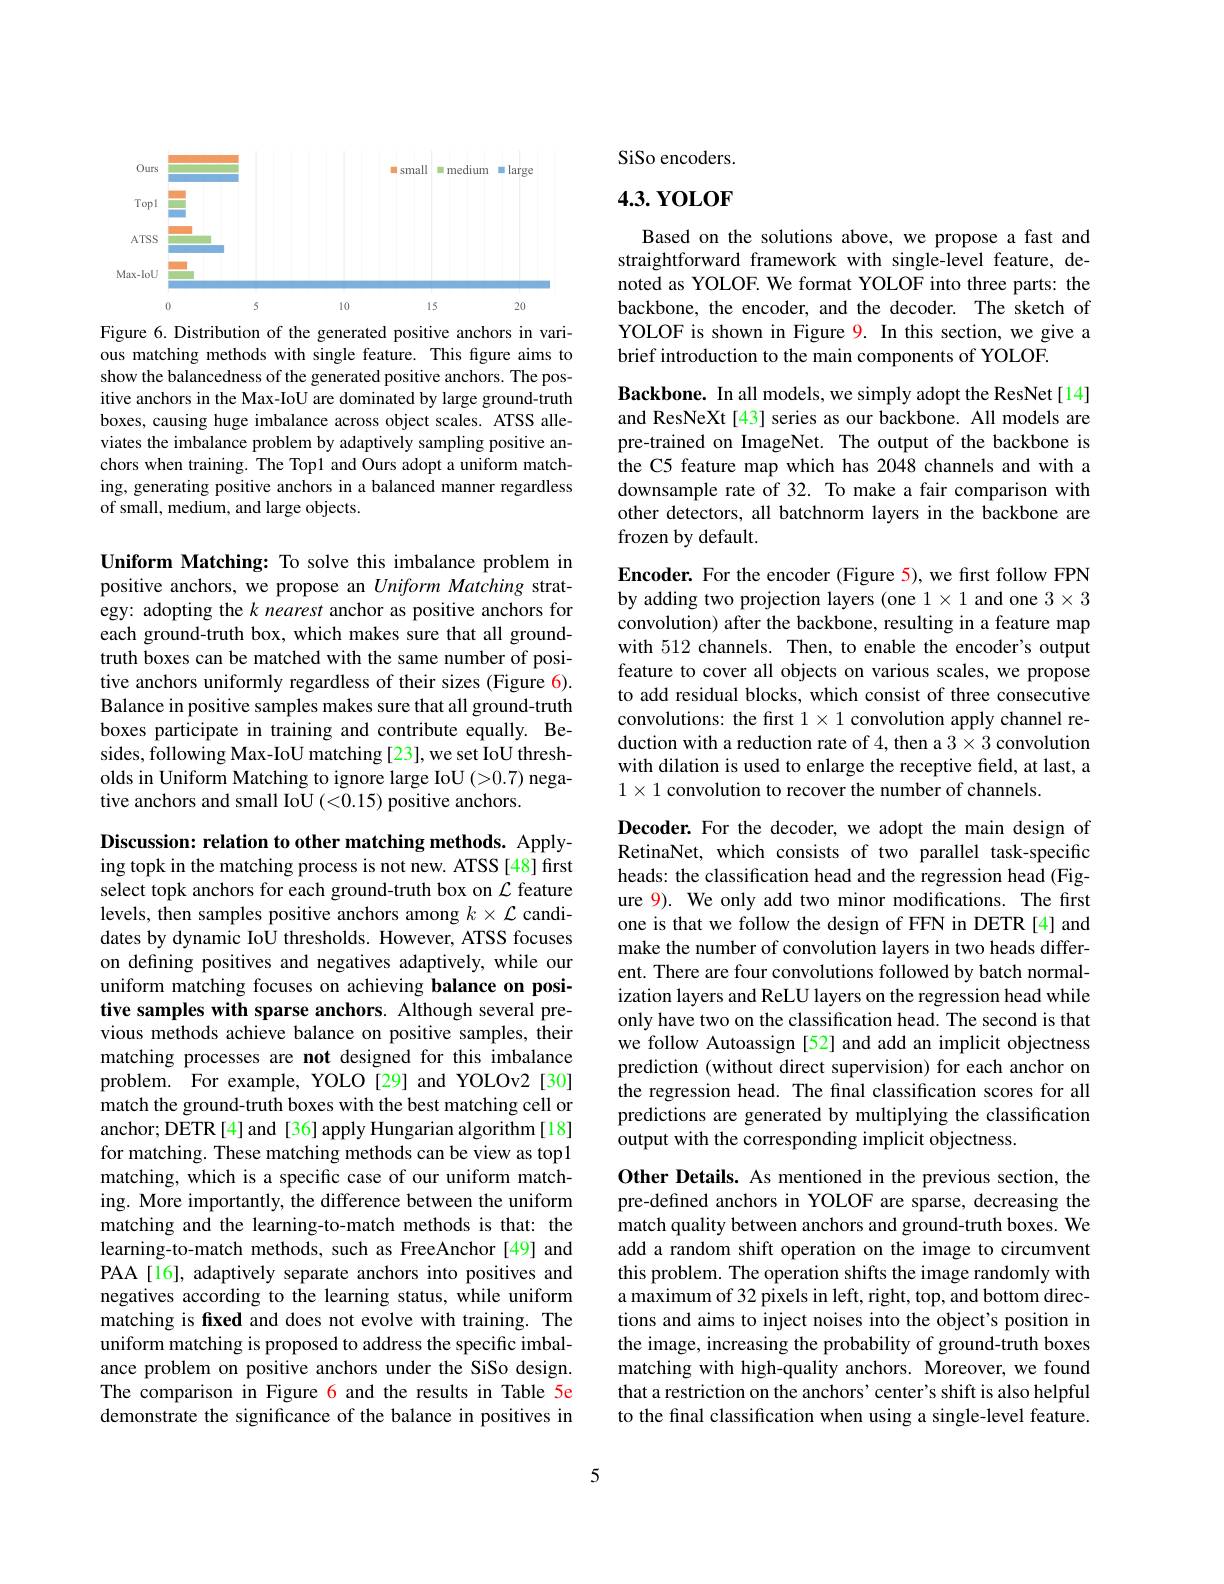
<FigureHere>
Figure 6. Distribution of the generated positive anchors in vari-

ous matching methods with single feature. This figure aims to show the balancedness of the generated positive anchors. The positive anchors in the Max-IoU are dominated by large ground-truth boxes, causing huge imbalance across object scales. ATSS alleviates the imbalance problem by adaptively sampling positive anchors when training. The Topl and Ours adopt a uniform matching, generating positive anchors in a balanced manner regardless of small, medium, and large objects.

Uniform Matching: To solve this imbalance problem in positive anchors, we propose an Uniform Matching strategy: adopting the $k$ nearest anchor as positive anchors for each ground-truth box, which makes sure that all groundtruth boxes can be matched with the same number of positive anchors uniformly regardless of their sizes (Figure 6). Balance in positive samples makes sure that all ground-truth boxes participate in training and contribute equally. Besides, following Max-IoU matching [23], we set IoU thresholds in Uniform Matching to ignore large IoU (>0.7) negative anchors and small IoU (<0.15) positive anchors.

Discussion: relation to other matching methods. Applying topk in the matching process is not new. ATSS [48] first select topk anchors for each ground-truth box on $\mathcal{L}$ feature levels, then samples positive anchors among $k\times\mathcal{L}$ candidates by dynamic IoU thresholds. However, ATSS focuses on defining positives and negatives adaptively, while our uniform matching focuses on achieving balance on positive samples with sparse anchors. Although several previous methods achieve balance on positive samples, their matching processes are not designed for this imbalance problem. For example, YOLO[29] and YOLOv2[30] match the ground-truth boxes with the best matching cell or anchor; DETR[4] and [36] apply Hungarian algorithm[18] for matching. These matching methods can be view as topl matching, which is a specific case of our uniform matching. More importantly, the difference between the uniform matching and the learning-to-match methods is that: the learning-to-match methods, such as FreeAnchor [49] and PAA [16], adaptively separate anchors into positives and negatives according to the learning status, while uniform matching is fixed and does not evolve with training. The uniform matching is proposed to address the specific imbalance problem on positive anchors under the SiSo design. The comparison in Figure 6 and the results in Table 5e demonstrate the significance of the balance in positives in

SiSo encoders.

# 4.3. YOLOF

Based on the solutions above, we propose a fast and straightforward framework with single-level feature, denoted as YOLOF. We format YOLOF into three parts: the backbone, the encoder, and the decoder. The sketch of YOLOF is shown in Figure 9. In this section, we give a brief introduction to the main components of YOLOF.

Backbone. In all models, we simply adopt the ResNet[14] and ResNeXt [43] series as our backbone. All models are pre-trained on ImageNet. The output of the backbone is the C5 feature map which has 2048 channels and with a downsample rate of 32. To make a fair comparison with other detectors, all batchnorm layers in the backbone are frozen by default.

Encoder. For the encoder (Figure 5), we first follow FPN by adding two projection layers (one $1\times1$ and one $3\times3$ convolution) after the backbone, resulting in a feature map with 512 channels. Then, to enable the encoder's output feature to cover all objects on various scales, we propose to add residual blocks, which consist of three consecutive convolutions: the first $1\times1$ convolution apply channel reduction with a reduction rate of 4, then a $3\times3$ convolution with dilation is used to enlarge the receptive field, at last, a $1\times1$ convolution to recover the number of channels.

Decoder. For the decoder, we adopt the main design of RetinaNet, which consists of two parallel task-specific heads: the classification head and the regression head (Figure 9). We only add two minor modifications. The first one is that we follow the design of FFN in DETR [4] and make the number of convolution layers in two heads different. There are four convolutions followed by batch normalization layers and ReLU layers on the regression head while only have two on the classification head. The second is that we follow Autoassign [52] and add an implicit objectness prediction (without direct supervision) for each anchor on the regression head. The final classification scores for all predictions are generated by multiplying the classification output with the corresponding implicit objectness.

Other Details. As mentioned in the previous section, the pre-defined anchors in YOLOF are sparse, decreasing the match quality between anchors and ground-truth boxes. We add a random shift operation on the image to circumvent this problem. The operation shifts the image randomly with a maximum of 32 pixels in left, right, top, and bottom directions and aims to inject noises into the object's position in the image, increasing the probability of ground-truth boxes matching with high-quality anchors. Moreover, we found that a restriction on the anchors' center's shift is also helpful to the final classification when using a single-level feature.

5